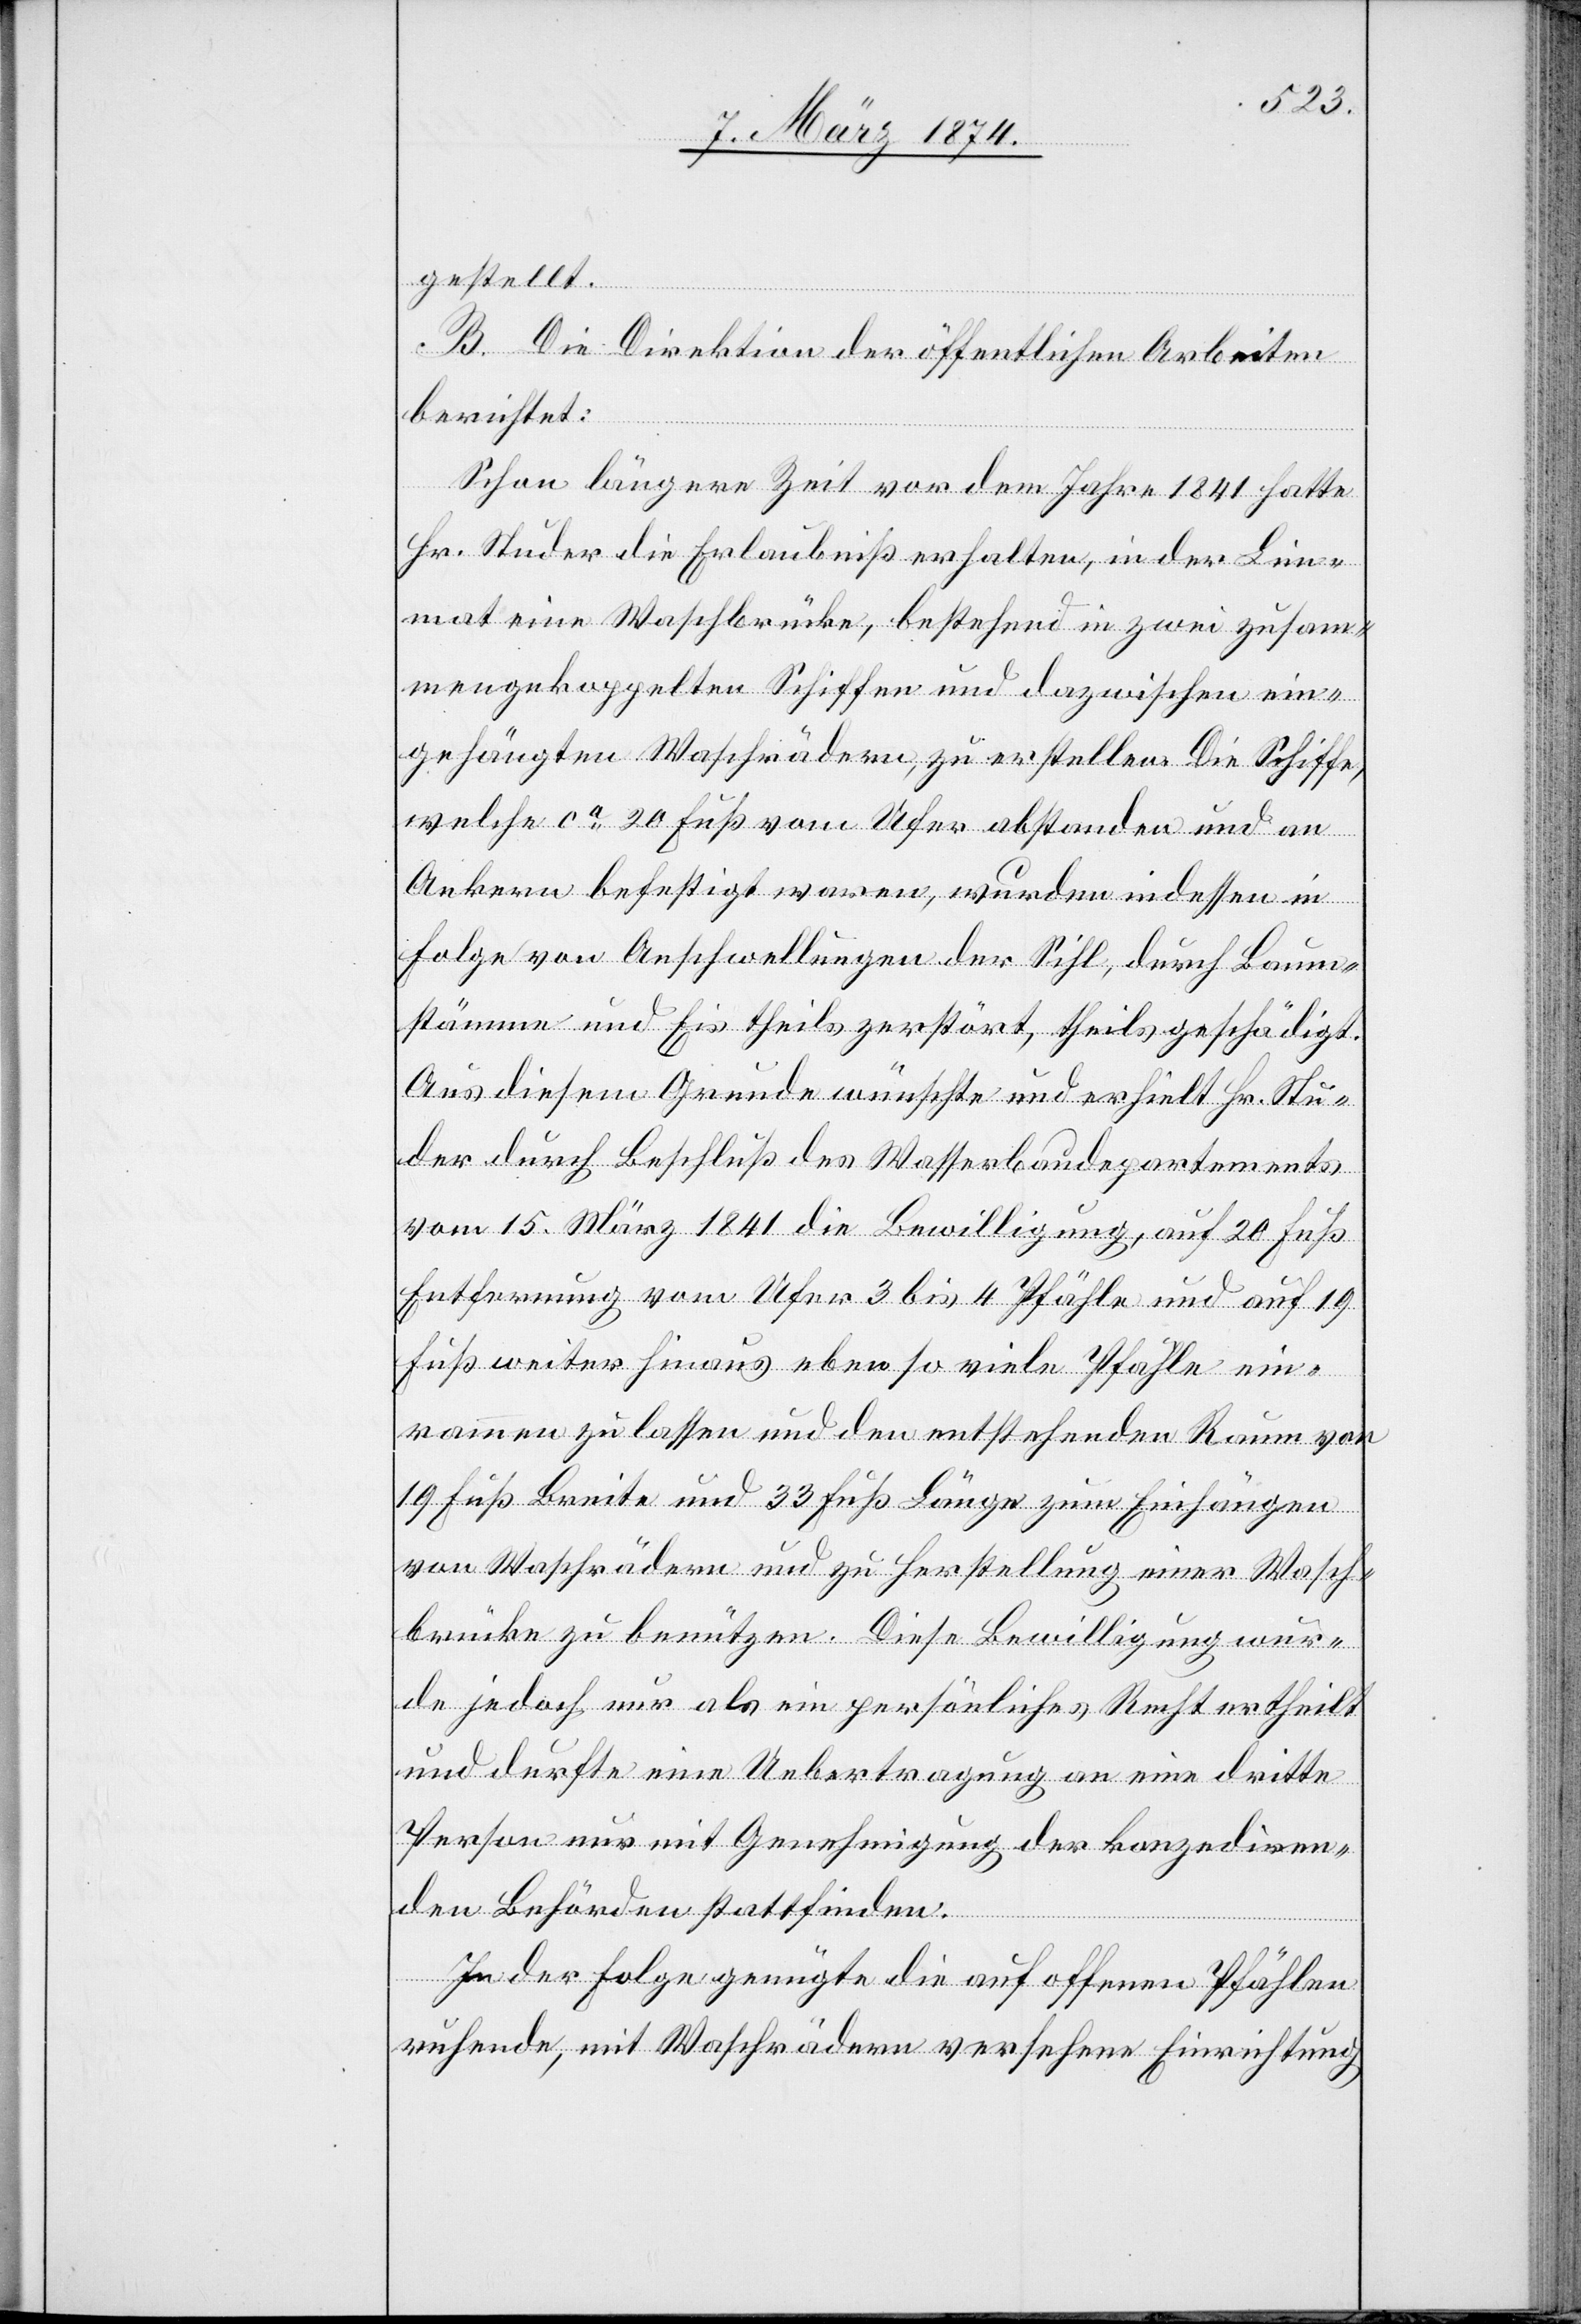
gestellt.
B. Die Direktion der öffentlichen Arbeiten
berichtet:
Schon längere Zeit vor dem Jahre 1841 hatte
Hr. Studer die Erlaubniß erhalten, in der Lim¬
mat eine Waschbrücke, bestehend in zwei zusam¬
mengekoppelten Schiffen und dazwischen ein¬
gehängten Waschrädern, zu erstellen. Die Schiffe,
welche ca 20 Fuß vom Ufer abstanden und an
Ankern befestigt waren, wurden indessen in
Folge von Anschwellungen der Sihl, durch Baum¬
stämme und Eis theils zerstört, theils geschädigt.
Aus diesem Grunde wünschte und erhielt Hr. Stu¬
der durch Beschluß des Wasserbaudepartements
vom 15 März 1841 die Bewilligung, auf 20 Fuß
Entfernung vom Ufer 3 bis 4 Pfähle und auf 19
Fuß weiter hinaus ebenso viele Pfähle ein¬
rammen zu lassen und den entstehenden Raum von
19 Fuß Breite und 33 Fuß Länge zum Einhängen
von Waschrädern und zu Herstellung einer Wasch¬
brücke zu benutzen. Diese Bewilligung wur¬
de jedoch nur als ein persönliches Recht ertheilt
und durfte eine Uebertragung an eine dritte
Person nur mit Genehmigung der konzediren¬
den Behörden stattfinden.
In der Folge genügte die auf offenen Pfählen
ruhende, mit Waschrädern versehene Einrichtung